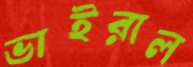
ভাইরাল